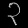
Digit: ၃